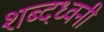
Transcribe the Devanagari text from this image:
शब्दध्वनी